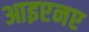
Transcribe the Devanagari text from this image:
आइएनए